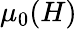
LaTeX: \mu_{0}(H)